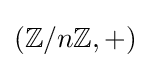
\left(\mathbb {Z} /n\mathbb {Z} ,+\right)